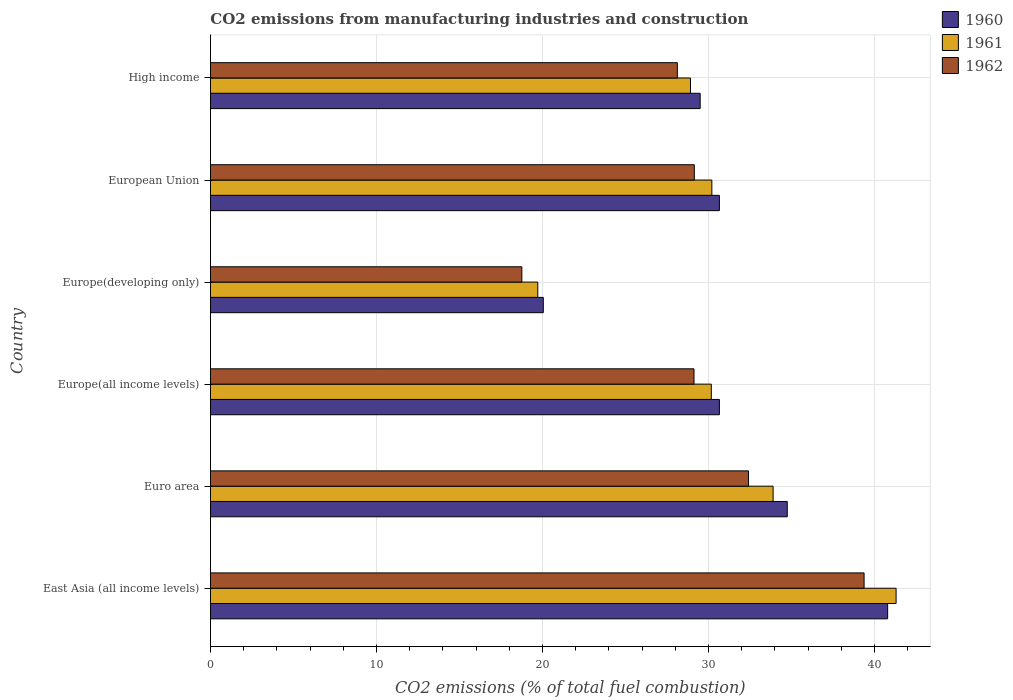
| Country | 1960 | 1961 | 1962 |
 | --- | --- | --- | --- |
 | East Asia (all income levels) | 40.8 | 41.3 | 39.4 |
 | Euro area | 34.7 | 33.9 | 32.4 |
 | Europe(all income levels) | 30.7 | 30.2 | 29.1 |
 | Europe(developing only) | 20 | 19.7 | 18.8 |
 | European Union | 30.7 | 30.2 | 29.1 |
 | High income | 29.5 | 28.9 | 28.1 |